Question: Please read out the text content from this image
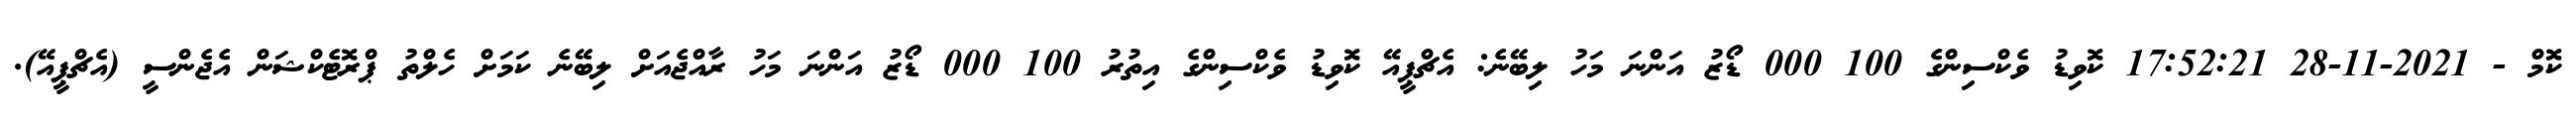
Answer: ކޮމް - 2021-11-28 17:52:21 ކޮވިޑު ވެކްސިންގެ 100 000 ޑޯޒު އަންނަ މަހު ލިބޭނެ: އެޗްޕީއޭ ކޮވިޑު ވެކްސިންގެ އިތުރު 100 000 ޑޯޒު އަންނަ މަހު ރާއްޖެއަށް ލިބޭނެ ކަމަށް ހެލްތު ޕްރޮޓެކްޝަން އެޖެންސީ (އެޗްޕީއޭ).